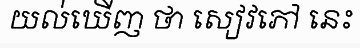
យល់ឃើញ ថា សៀវភៅ នេះ